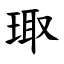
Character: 㻓